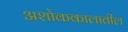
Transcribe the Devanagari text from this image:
अशोककालातील